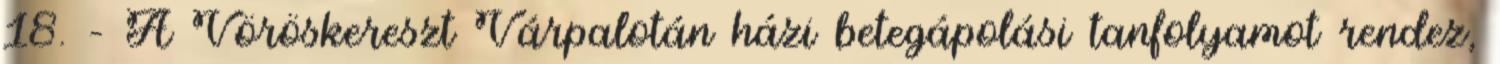
18. – A Vöröskereszt Várpalotán házi betegápolási tanfolyamot rendez,